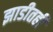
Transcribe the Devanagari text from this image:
झाडीतही